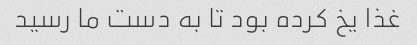
غذا یخ کرده بود تا به دست ما رسید